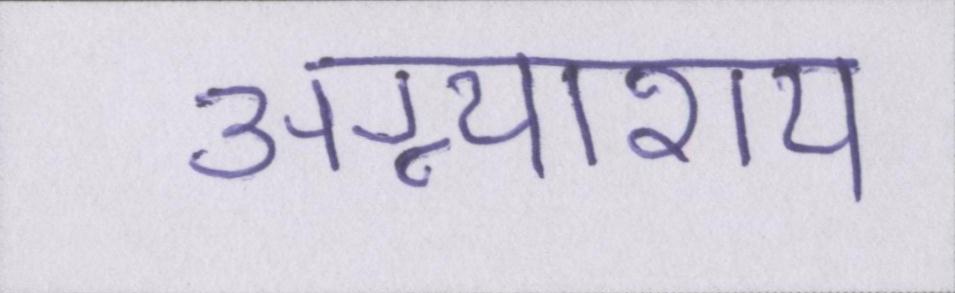
अग्न्याशय